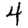
Digit: 4